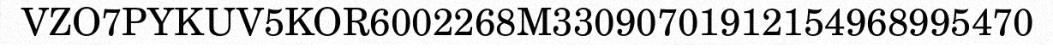
VZO7PYKUV5KOR6002268M33090701912154968995470